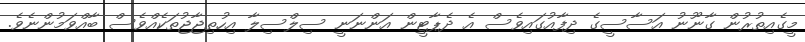
މީގެއިތުރުން ގާނޫނު އަސާސީގެ ދިފާއުގައިވެސް އެ ދެޕާޓީން އަންނަނީ ސިލްސިލާ އިހުތިޖާޖުތަކެއްވެސް ބާއްވަމުންނެވެ.